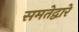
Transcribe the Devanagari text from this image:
समतेद्वारे